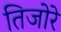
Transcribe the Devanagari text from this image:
तिजोरे